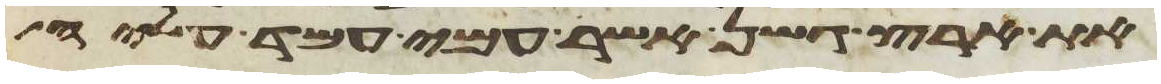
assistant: את ארץ גשן אשר עמי עמד עליה